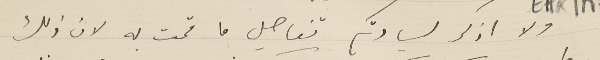
ولا اذكر لسيادتكم تفاصيل ما قمت به لان ذلك